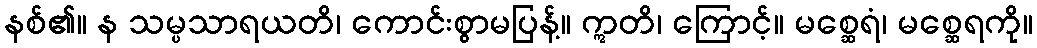
နစ်၏။ န သမ္ပသာရယတိ၊ ကောင်းစွာမပြန့်။ ဣတိ၊ ကြောင့်။ မစ္ဆေရံ၊ မစ္ဆေရကို။